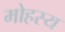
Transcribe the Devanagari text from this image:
मोहस्य